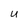
Character: U